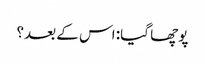
پوچھا گیا: اس کے بعد؟